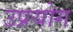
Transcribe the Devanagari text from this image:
उप्रयोग